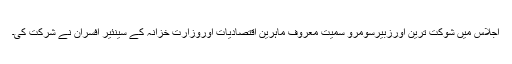
اجلاس میں شوکت ترین اورزبیرسومرو سمیت معروف ماہرین اقتصادیات اوروزارت خزانہ کے سینئیر افسران نے شرکت کی۔